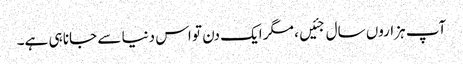
آپ ہزاروں سال جئیں، مگر ایک دن تو اس دنیا سے جانا ہی ہے۔